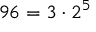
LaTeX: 9 6 = 3 \cdot 2 ^ { 5 }